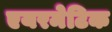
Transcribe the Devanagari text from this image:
एयरमेटिक